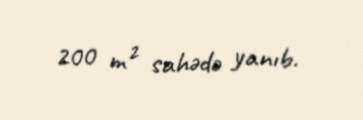
200 m² sahədə yanıb.